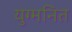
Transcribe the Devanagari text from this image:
युग्‍मनित